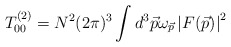
\begin{align*}T^{(2)}_{00} = { N^2(2\pi)^3} \int{{d^3\vec{p} \omega_{\vec{p}}}\left|F(\vec{p})\right|^2}\end{align*}